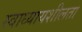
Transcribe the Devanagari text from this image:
स्वाध्यायशीलता